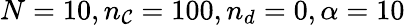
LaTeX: N=10,n_{\mathcal{C}}=100,n_{d}=0,\alpha=10